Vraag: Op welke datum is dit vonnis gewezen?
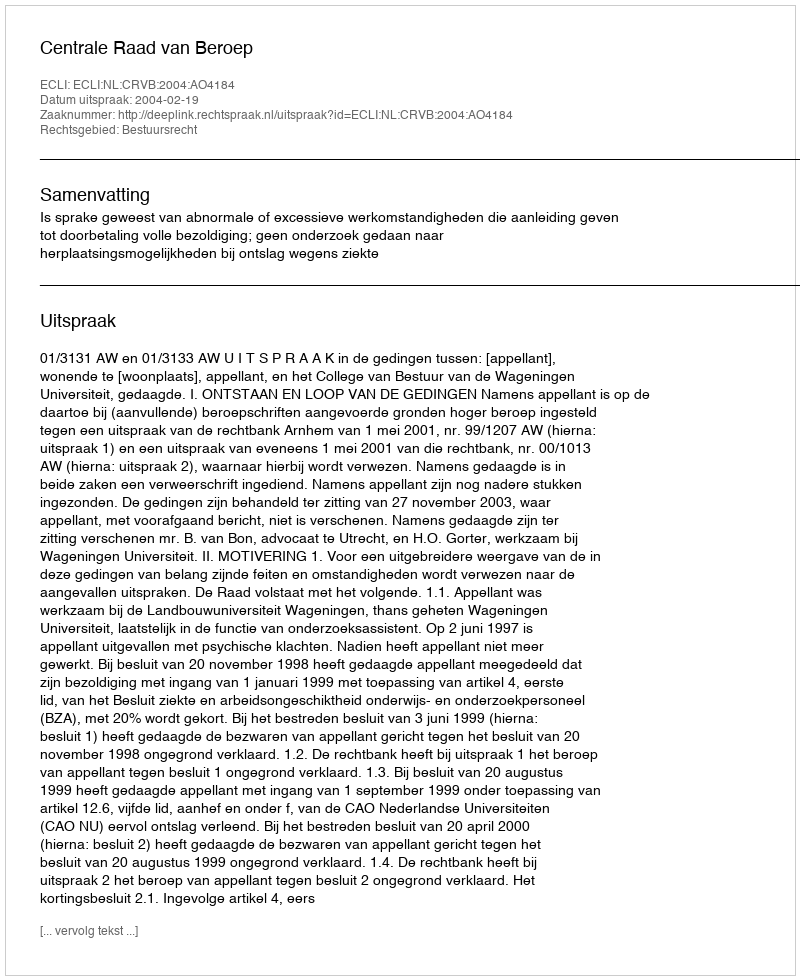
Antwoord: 2004-02-19